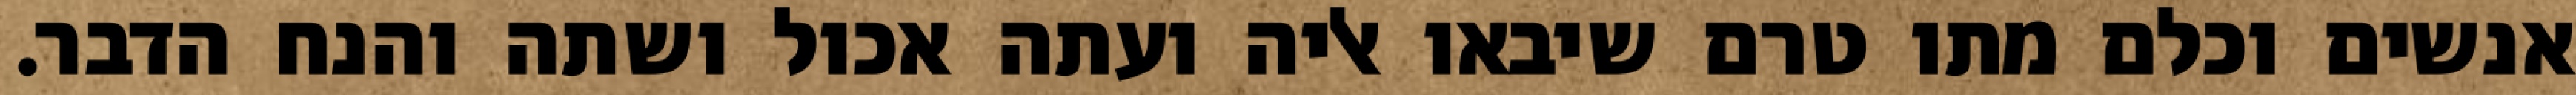
אנשים וכלם מתו טרם שיבאו אליה ועתה אכול ושתה והנח הדבר.